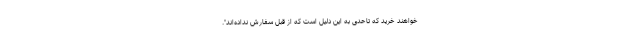
خواهند خرید که تاحدی به این دلیل است که از قبل سفارش نداده‌اند".